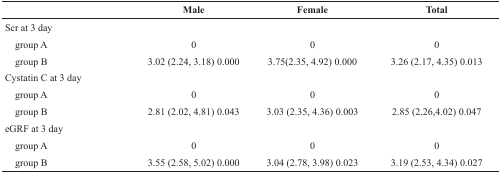
|  | Male | Female | Total |
 | --- | --- | --- | --- |
 | Scr at 3 day |  |  |  |
 | group A | 0 | 0 | 0 |
 | group B | 3.02 (2.24, 3.18) 0.000 | 3.75(2.35, 4.92) 0.000 | 3.26 (2.17, 4.35) 0.013 |
 | Cystatin C at 3 day |  |  |  |
 | group A | 0 | 0 | 0 |
 | group B | 2.81 (2.02, 4.81) 0.043 | 3.03 (2.35, 4.36) 0.003 | 2.85 (2.26,4.02) 0.047 |
 | eGRF at 3 day |  |  |  |
 | group A | 0 | 0 | 0 |
 | group B | 3.55 (2.58, 5.02) 0.000 | 3.04 (2.78, 3.98) 0.023 | 3.19 (2.53, 4.34) 0.027 |